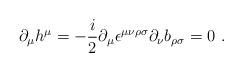
LaTeX: \begin{align*}\partial _\mu h^\mu = -{i\over 2} \partial_\mu \epsilon ^{\mu\nu\rho\sigma}\partial _\nu b_{\rho\sigma} = 0 \ .\end{align*}